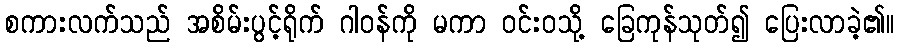
စကားလက်သည် အစိမ်းပွင့်ရိုက် ဂါဝန်ကို မကာ ဝင်းဝသို့ ခြေကုန်သုတ်၍ ပြေးလာခဲ့၏။